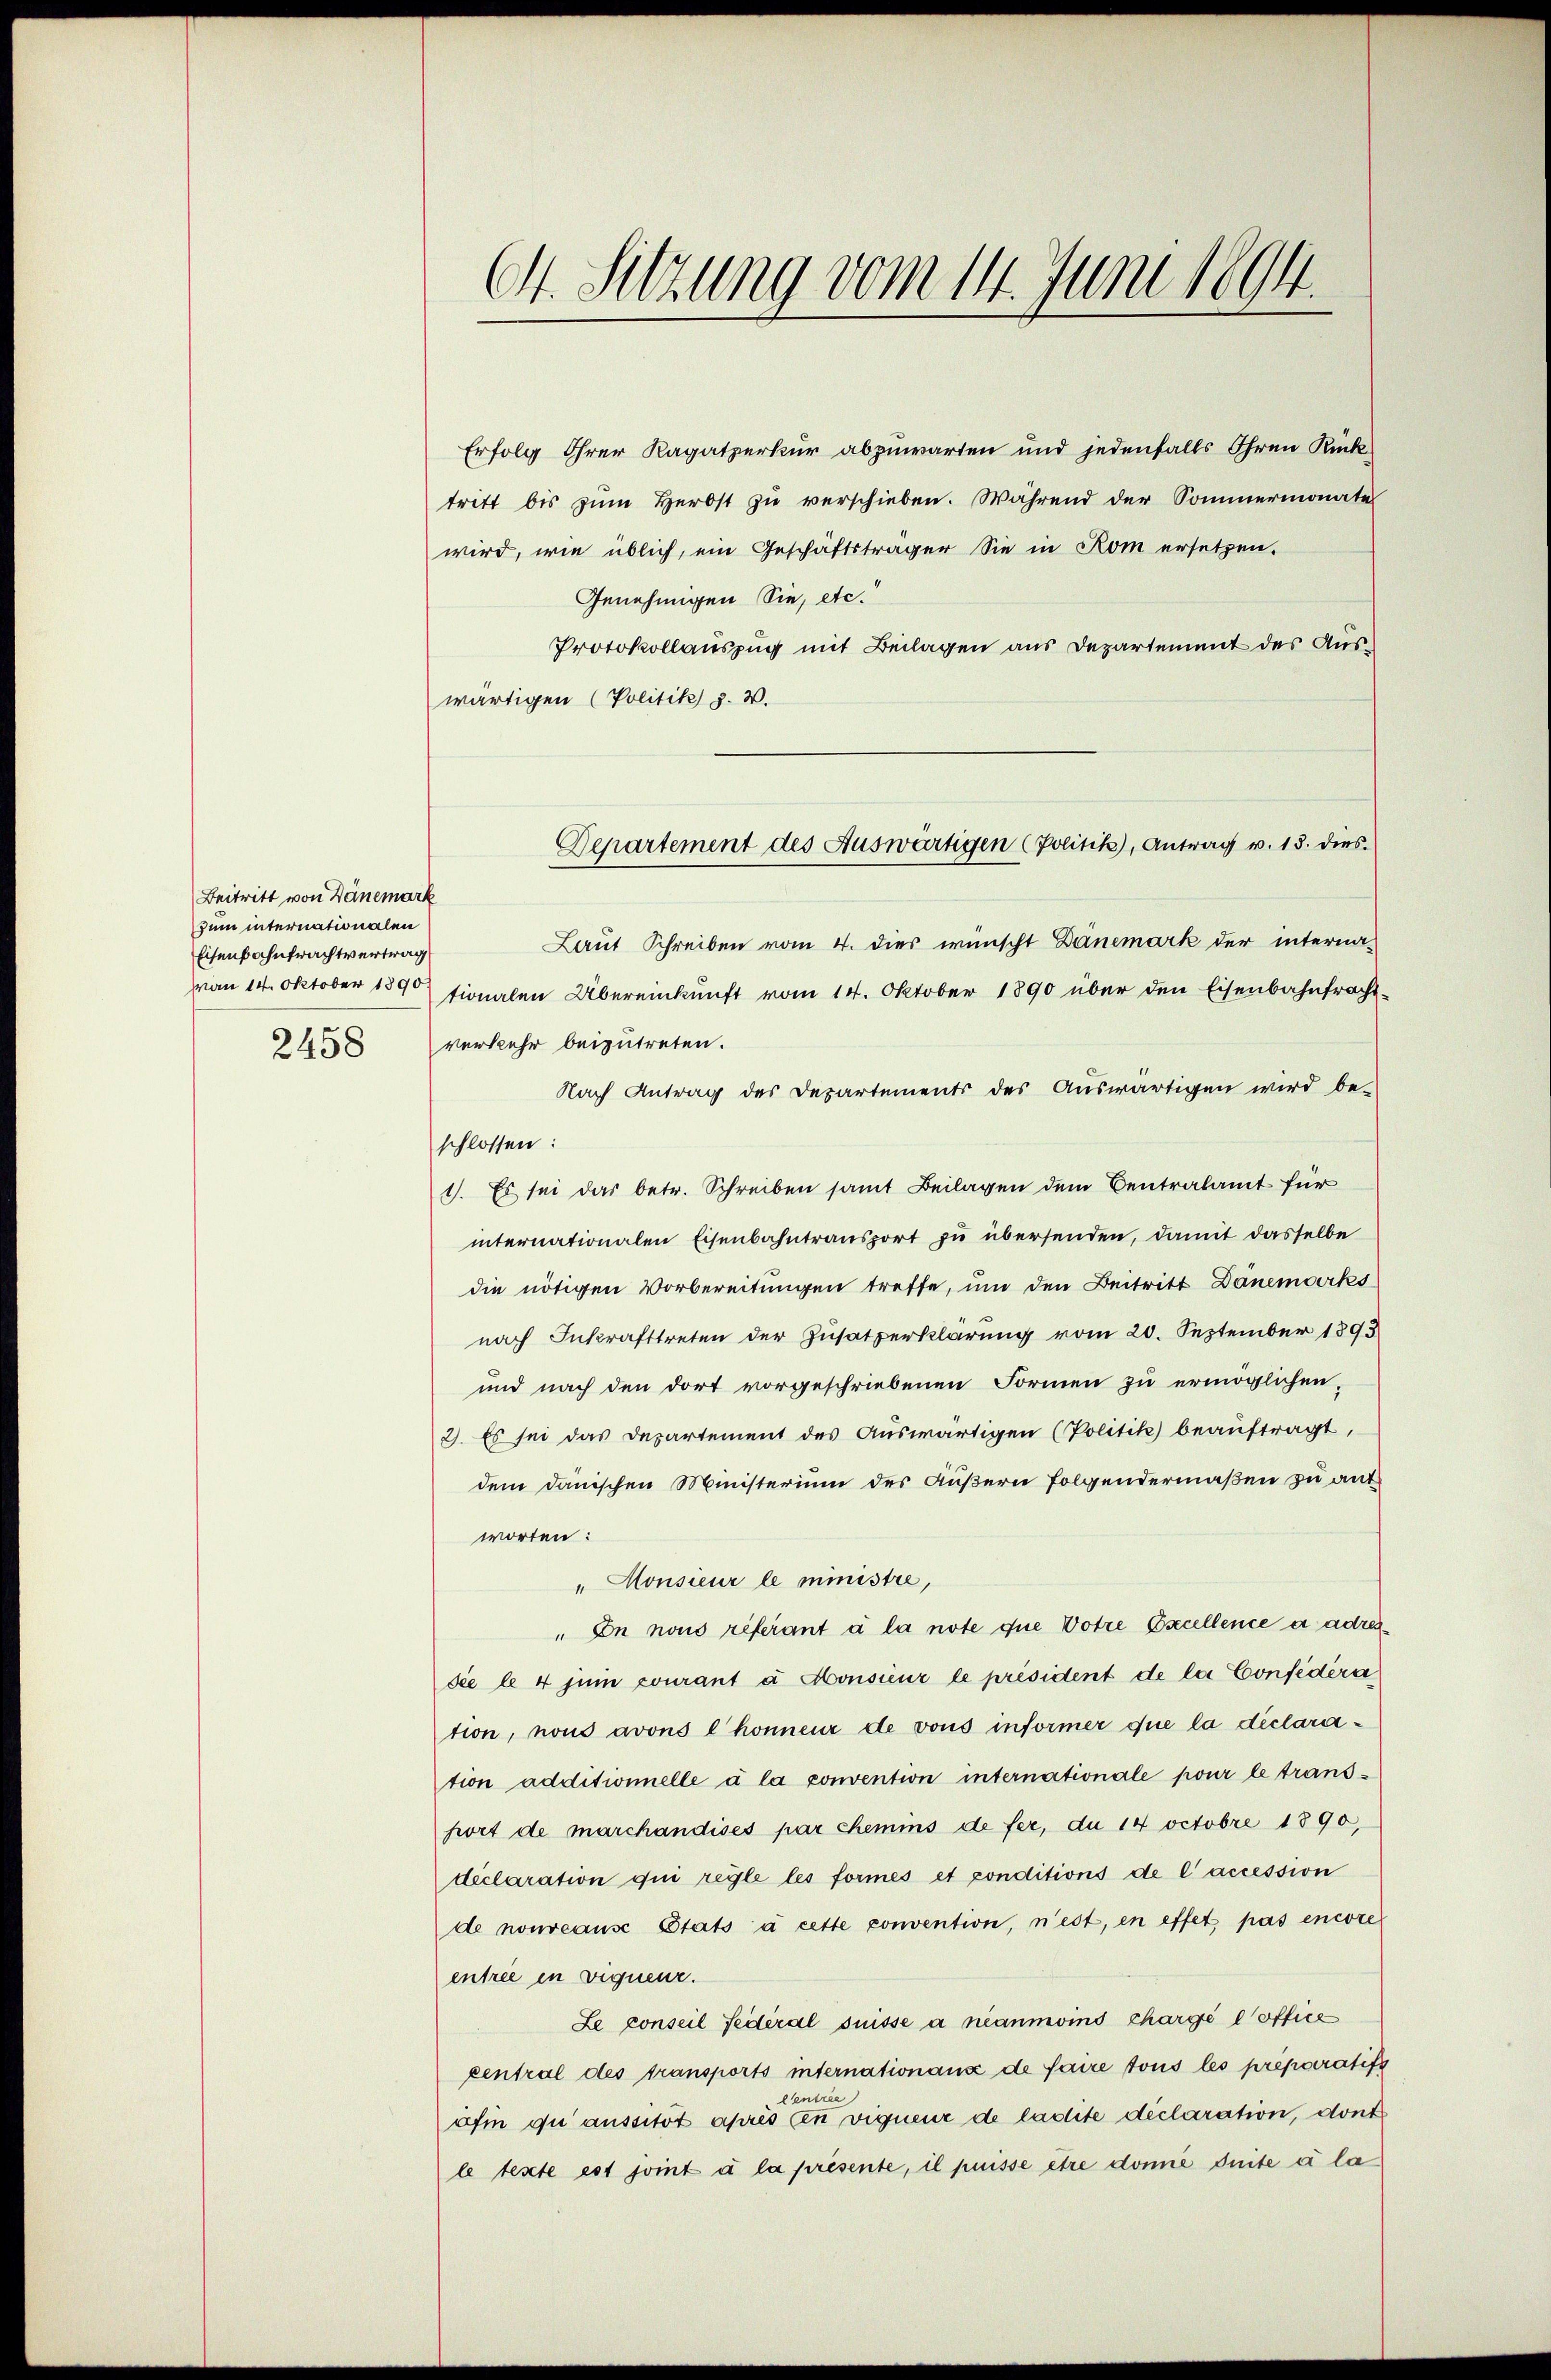
Beitritt von Deinemark
zum internationalen
Eisenbahntrachtvertrag
2458

Erfolg Ihrer Ragatperkur abzuwarten und jedenfalls Ihren Rücktritt bis zŭm Herbst zu verschieben. Während der Sommermonate
wird, wie üblich, ein Geschäftsträger Sie in Rom ersetzen.
Genehmigen Sie, etc.
Protokollauszug mit Beilagen aus Departement des Auswärtigen (Politik z. W.
Laut Schreiben vom 4. dies wünscht Danemark der interna-
Man 14. Oktober 1890 tionalen Übereinkunft vom 14. Oktober 1890 über den Eisenbahntrachtverkehr beizutreten.
Nach Antrag des Departements des Auswärtigen wird be-
schlossen:
1). Es sei das betr. Schreiben samt Beilagen dem Centralamt für
internationalen Eisenbahntransport zu übersenden, damit dasselbe
die nötigen Vorbereitungen treffe, um den Beitritt Dänemorks
nach Inkrafttreten der Zusatzerklärung vom 20. September 1893
und nach den dort vorgeschriebenen Formen zu ermöglichen,
2). Es sei das Departement des Auswärtigen (Politik beauftragt,
dem dänischen Ministerium des Äußern Folgendermaßen zu antworten:
"Monsieur le ministre,
" In nous referant à la note que Votre Excellence a adresdie le 4 juni courant à Monsieur le président de la Confedera
tion, nous avons l’honneur de vous informer que la déclaration additionnelle à la convention internationale pour le transport de marchandises par chemins de fer, du 14 Octobre 1890,
déclaration qui regle les formes et ponditions de l’accession
de nouveause Etats à cette convention, n’est, en effet pas encore
entree in viquenz.
Le conseil fédéral suisse a néanmoins chargé l’office
central des transports internationanze de faire tous les préparatif
Centree
afin qui aussitôt après en vignenz de ladite déclaration, dont
le texte est joint à la présente, il puisse être donne duite à la

Ct. Sitzung vom 14. Juni 1894.

Departement des Auswärtigen (Politik, Antrag v. 13. dies